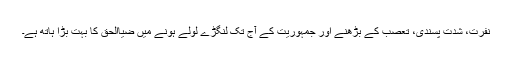
نفرت، شدت پسندی، تعصب کے بڑھنے اور جمہوریت کے آج تک لنگڑے لولے ہونے میں ضیاالحق کا بہت بڑا ہاتھ ہے۔